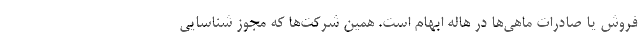
فروش یا صادرات ماهی‌ها در هاله ابهام است. همین شرکت‌ها که مجوز شناسایی